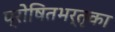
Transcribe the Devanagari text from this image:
प्रोषितभर्तृका